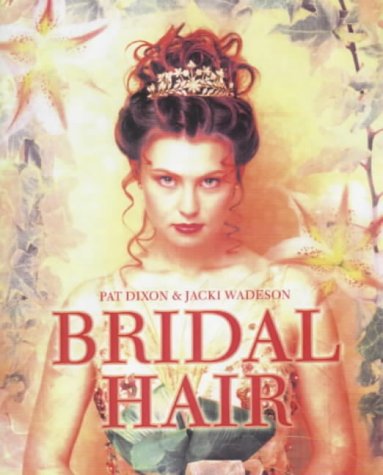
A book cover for Bridal Hair: Hairdressing And Beauty Industry Authority/Thomson Learning Series; Pat Dixon; Health, Fitness & Dieting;